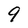
Character: g